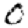
Digit: 0